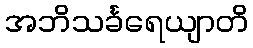
အဘိသင်္ခရေယျာတိ